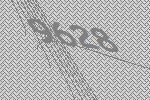
9628